Report on vaccination in the Province of Bengal - 1874-1889
Year: 1874
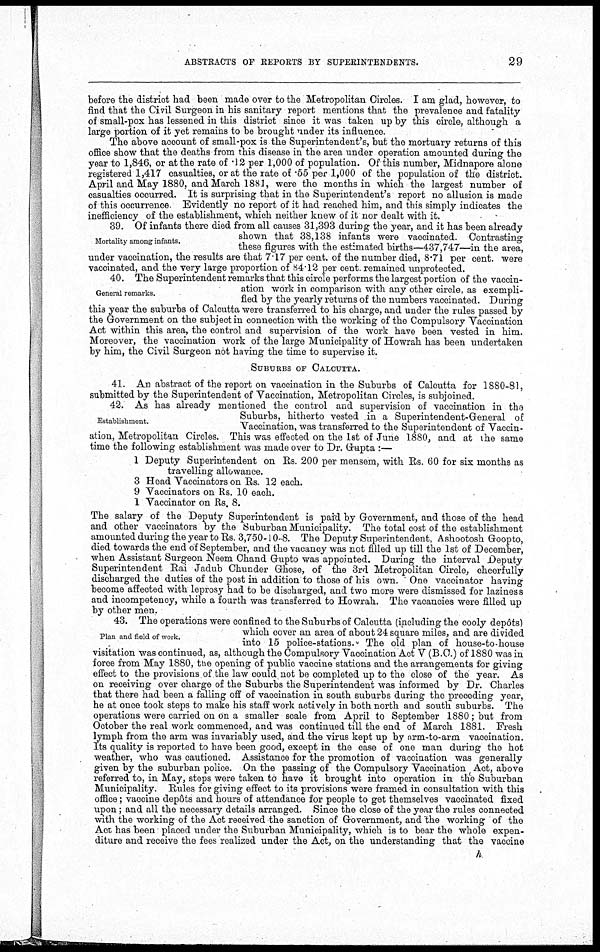
ABSTRACTS OF REPORTS BY SUPERINTENDENTS.
29
before the district had been made over to the Metropolitan Circles. I am glad, however, to
find that the Civil Surgeon in his sanitary report mentions that the prevalence and fatality
of small-pox has lessened in this district since it was taken up by this circle, although a
large portion of it yet remains to be brought under its influence.
The above account of small-pox is the Superintendent's, but the mortuary returns of this
office show that the deaths from this disease in the area under operation amounted during the
year to 1,846, or at the rate of .12 per 1,000 of population. Of this number, Midnapore alone
registered 1,417 casualties, or at the rate of .55 per 1,000 of the population of the district.
April and May 1880, and March 1881, were the months in which the largest number of
casualties occurred. It is surprising that in the Superintendent's report no allusion is made
of this occurrence Evidently no report of it had reached him, and this simply indicates the
inefficiency of the establishment, which neither knew of it nor dealt with it.
Mortality among infants.
39. Of infants there died from all causes 31,393 during the year, and it has been already
shown that 38,138 infants were vaccinated. Contrasting
these figures with the estimated births—437,747—in the area,
under vaccination, the results are that 7.17 per cent. of the number died, 8.71 per cent. were
vaccinated, and the very large proportion of 84.12 per cent. remained unprotected.
General remarks.
40. The (Superintendent remarks that this circle performs the largest portion of the vaccin-
ation work in comparison with any other circle, as exempli-
fied by the yearly returns of the numbers vaccinated. During
this year the suburbs of Calcutta were transferred to his charge, and under the rules passed by
the Government on the subject in connection with the working of the Compulsory Vaccination
Act within this area, the control and supervision of the work have been vested in him.
Moreover, the vaccination work of the large Municipality of Howrah has been undertaken
by him, the Civil Surgeon not having the time to supervise it.
SUBURBS OF CALCUTTA.
41. An abstract of the report on vaccination in the Suburbs of Calcutta for 1880-81,
submitted by the Superintendent of Vaccination, Metropolitan Circles, is subjoined.
Establishment.
42. As has already mentioned the control and supervision of vaccination in the
Suburbs, hitherto vested in a Superintendent-General of
Vaccination, was transferred to the Superintendent of Vaccin-
ation, Metropolitan Circles. This was effected on the 1st of June 1880, and at the same
time the following establishment was made over to Dr. Gupta :—
1 Deputy Superintendent on Rs. 200 per mensem, with Rs. 60 for six months as
travelling allowance.
3 Head Vaccinators on Rs. 12 each.
9 Vaccinators on Rs. 10 each.
1 Vaccinator on Rs. 8.
The salary of the Deputy Superintendent is paid by Government, and those of the head
and other vaccinators by the Suburban Municipality. The total cost of the establishment
amounted during the year to Rs. 3,750-10-8. The Deputy Superintendent, Ashootosh Goopto,
died towards the end of September, and the vacancy was not filled up till the 1st of December,
when Assistant Surgeon Neem Chand Gupto was appointed. During the interval Deputy
Superintendent Rai Jadub Chunder Ghose, of the 3rd Metropolitan Circle, cheerfully
discharged the duties of the post in addition to those of his own. One vaccinator having
become affected with leprosy had to be discharged, and two more were dismissed for laziness
and incompetency, while a fourth was transferred to Howrah. The vacancies were filled up
by other men.
Plan and field of work.
43. The operations were confined to the Suburbs of Calcutta (including the cooly depôts)
which cover an area of about 24 square miles, and are divided
into 15 police-stations." The old plan of house-to-house
visitation was continued, as, although the Compulsory Vaccination Act V (B.C.) of 1880 was in
force from May 1880, the opening of public vaccine stations and the arrangements for giving
effect to the provisions of the law could not be completed up to the close of the year. As
on receiving over charge of the Suburbs the Superintendent was informed by Dr. Charles
that there had been a falling off of vaccination in south suburbs during the preceding year,
he at once took steps to make his staff work actively in both north and south suburbs. The
operations were carried on on a smaller scale from April to September 1880; but from
October the real work commenced, and was continued till the end of March 1881. Fresh
lymph from the arm was invariably used, and the virus kept up by arm-to-arm vaccination.
Its quality is reported to have been good, except in the case of one man during the hot
weather, who was cautioned. Assistance for the promotion of vaccination was generally
given by the suburban police. On the passing of the Compulsory Vaccination Act, above
referred to, in May, steps were taken to have it brought into operation in the Suburban
Municipality. Rules for giving effect to its provisions were framed in consultation with this
office; vaccine depôts and hours of attendance for people to get themselves vaccinated fixed
upon; and all the necessary details arranged. Since the close of the year the rules connected
with the working of the Act received the sanction of Government, and the working of the
Act has been placed under the Suburban Municipality, which is to bear the whole expen-
diture and receive the fees realized under the Act, on the understanding that the vaccine
h